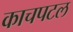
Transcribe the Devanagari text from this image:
काचपटल